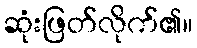
ဆုံးဖြတ်လိုက်၏။